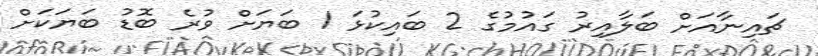
ޗައިނާއަށް ބަލާއިރު ގައުމުގެ 2 ބައިކުޅަ 1 ބަޔަށް ވުރެ ބޮޑު ބަޔަކަށް